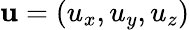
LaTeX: \textbf{u}=(u_{x},u_{y},u_{z})